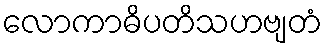
လောကာဓိပတိသဟဗျတံ